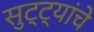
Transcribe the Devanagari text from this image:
सुट्ट्यांचे